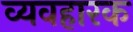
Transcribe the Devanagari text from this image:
व्यवहारक